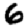
Digit: 6